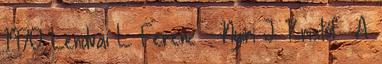
1970 Lendvai L. Ferenc – Nyíri J. Kristófː A